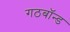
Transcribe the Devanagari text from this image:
गठबॉन्ड